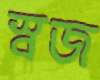
স্বজ